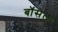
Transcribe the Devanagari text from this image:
बॉसेल